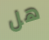
هل